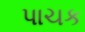
પાચક